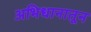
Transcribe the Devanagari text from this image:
अभिधानातून